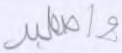
واصطبر